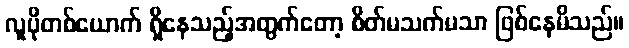
လူပိုတစ်ယောက် ရှိနေသည့်အတွက်တော့ စိတ်မသက်မသာ ဖြစ်နေမိသည်။